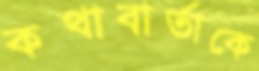
কথাবার্তাকে